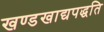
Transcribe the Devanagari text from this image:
खण्डखाद्यपद्धति